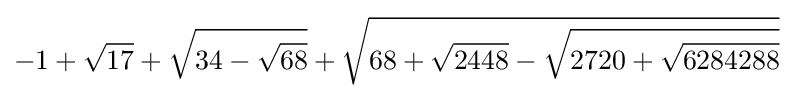
-1+{\sqrt {17}}+{\sqrt {34-{\sqrt {68}}}}+{\sqrt {68+{\sqrt {2448}}-{\sqrt {2720+{\sqrt {6284288}}}}}}